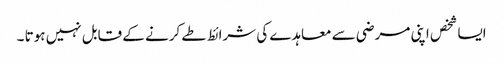
ایسا شخص اپنی مرضی سے معاہدے کی شرائط طے کرنے کے قابل نہیں ہوتا ۔